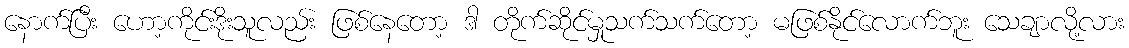
နောက်ပြီး ဟော့ကိုင်းဒိုးသူလည်း ဖြစ်နေတော့ ဒါ တိုက်ဆိုင်မှုသက်သက်တော့ မဖြစ်နိုင်လောက်ဘူး သေချာလို့လား